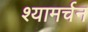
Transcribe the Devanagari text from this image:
श्यामर्चन